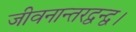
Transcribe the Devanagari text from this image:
जीवनान्तरद्वन्द्व।